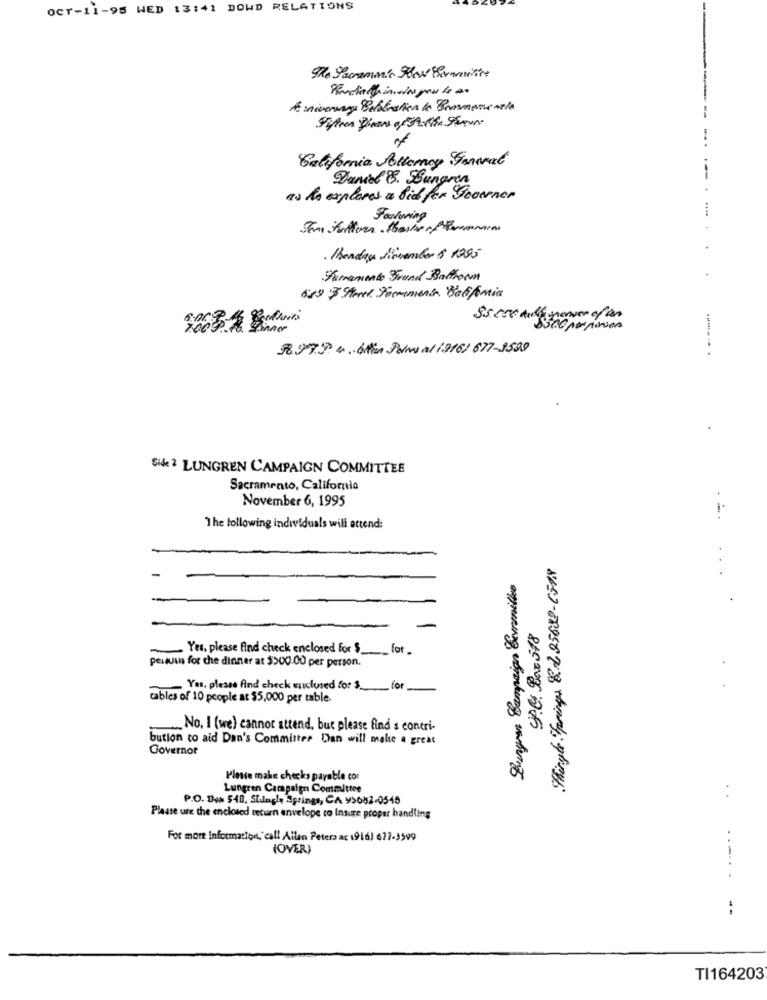
OCT-11-95 WED 13:41 DOWD RELATIONS
of
California Alleray Sonwal
Damel B. Lungren
as hos explores a bid for Governor
Fortuning
· Bandas Sievember $ 1295
Samamiento Strand Batform
1 3 Ama Pommera Califonia
Ss cce dil power of an
3897 4.64 Pow al 1916/ 677-3599
Si& 2 LUNGREN CAMPAIGN COMMITTEE
Sacramento, California
November 6, 1995
...
The following individuals will attend:
High Frings 8-225689-1518
..
-
Lungs Campaign Cermilice
S.C. Bar 318
Yes, please find check enclosed for $ __ for.
pesquis for che dinner at $500.00 per person.
Yes, please find check closed for $ for
cables of 10 people at $5,000 per table
„No, I (we) cannot attend, but please find s contri-
bution to aid Dan's Committer Dan will make a great
Governot
Please make checks payable con
Lungren Campaign Committee
:
P.O. Box $48, Stalagle Springs, CA 95082-0545
Please ure the enclosed return envelope to Insure proper handling
For more Information,'call Allan Peters ac 1916) 677-3599
(OVER)
......
--
TI164203